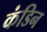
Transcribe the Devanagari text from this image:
कंडिन